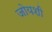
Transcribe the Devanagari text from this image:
जोयशी